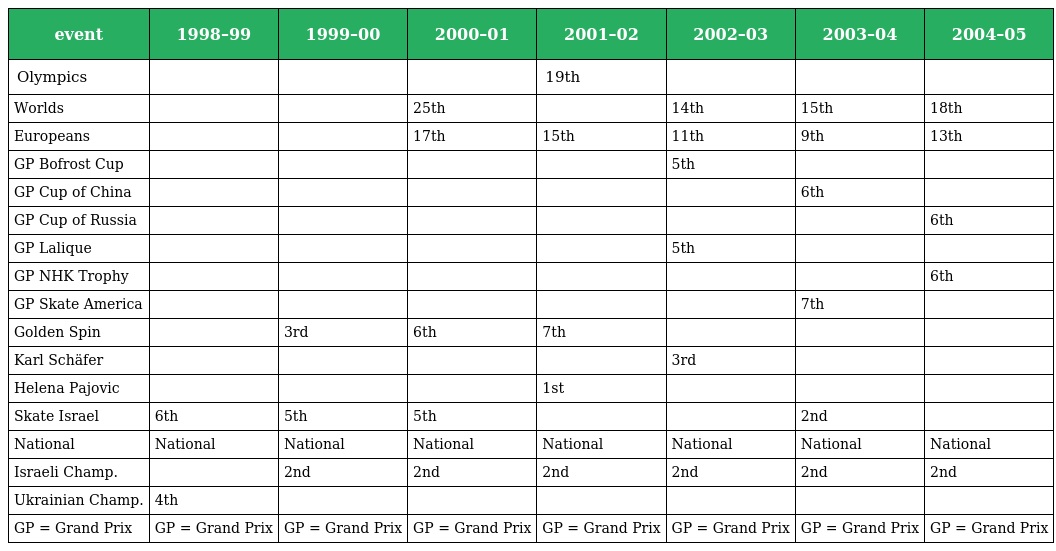
| event | 1998–99 | 1999–00 | 2000–01 | 2001–02 | 2002–03 | 2003–04 | 2004–05 |
 | --- | --- | --- | --- | --- | --- | --- | --- |
 | Olympics |  |  |  | 19th |  |  |  |
 | Worlds |  |  | 25th |  | 14th | 15th | 18th |
 | Europeans |  |  | 17th | 15th | 11th | 9th | 13th |
 | GP Bofrost Cup |  |  |  |  | 5th |  |  |
 | GP Cup of China |  |  |  |  |  | 6th |  |
 | GP Cup of Russia |  |  |  |  |  |  | 6th |
 | GP Lalique |  |  |  |  | 5th |  |  |
 | GP NHK Trophy |  |  |  |  |  |  | 6th |
 | GP Skate America |  |  |  |  |  | 7th |  |
 | Golden Spin |  | 3rd | 6th | 7th |  |  |  |
 | Karl Schäfer |  |  |  |  | 3rd |  |  |
 | Helena Pajovic |  |  |  | 1st |  |  |  |
 | Skate Israel | 6th | 5th | 5th |  |  | 2nd |  |
 | National | National | National | National | National | National | National | National |
 | Israeli Champ. |  | 2nd | 2nd | 2nd | 2nd | 2nd | 2nd |
 | Ukrainian Champ. | 4th |  |  |  |  |  |  |
 | GP = Grand Prix | GP = Grand Prix | GP = Grand Prix | GP = Grand Prix | GP = Grand Prix | GP = Grand Prix | GP = Grand Prix | GP = Grand Prix |